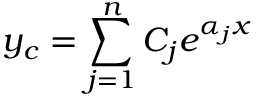
y _ { c } = \sum _ { j = 1 } ^ { n } C _ { j } e ^ { \alpha _ { j } x } \,